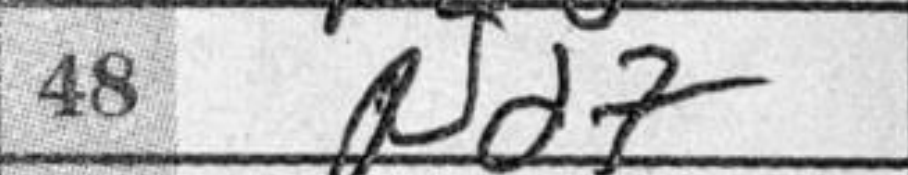
Transcription: Nd7